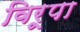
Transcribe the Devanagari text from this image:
विरूपा